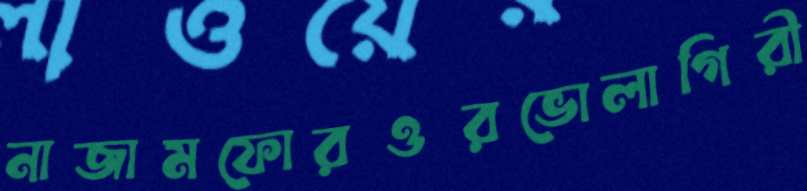
নাজামফোরওরভোলাগিরী